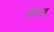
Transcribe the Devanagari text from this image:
घोषत्व